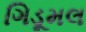
ગિડૂમલ